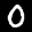
Label: 0